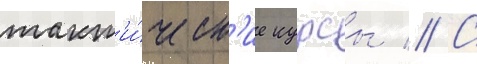
такт'и́ческ'ие курсы // С